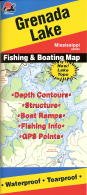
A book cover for Grenada Lake Fishing Map (Mississippi Fishing Map Series, A268); Fishing Hot Spots; Travel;